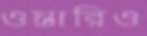
ওন্তারিও